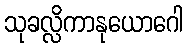
သုခလ္လိကာနုယောဂေါ